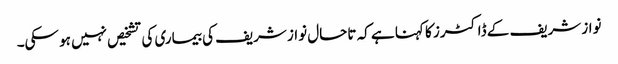
نواز شریف کے ڈاکٹرز کا کہنا ہے کہ تاحال نواز شریف کی بیماری کی تشخیص نہیں ہو سکی۔